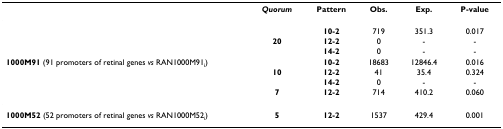
<table><thead><tr><td></td><td><b><i>Quorum</i></b></td><td><b>Pattern</b></td><td><b>Obs.</b></td><td><b>Exp. </b></td><td><b>P-value</b></td></tr></thead><tbody><tr><td></td><td></td><td><b>10-2</b></td><td>719</td><td>351.3</td><td>0.017</td></tr><tr><td></td><td><b>20</b></td><td><b>12-2</b></td><td>0</td><td>-</td><td>-</td></tr><tr><td></td><td></td><td><b>14-2</b></td><td>0</td><td>-</td><td>-</td></tr><tr><td><b>1000M91 </b>(91 promoters of retinal genes <i>vs </i>RAN1000M91<sub>i</sub>)</td><td></td><td><b>10-2</b></td><td>18683</td><td>12846.4</td><td>0.016</td></tr><tr><td></td><td><b>10</b></td><td><b>12-2</b></td><td>41</td><td>35.4</td><td>0.324</td></tr><tr><td></td><td></td><td><b>14-2</b></td><td>0</td><td>-</td><td>-</td></tr><tr><td></td><td><b>7</b></td><td><b>12-2</b></td><td>714</td><td>410.2</td><td>0.060</td></tr><tr><td><b>1000M52 </b>(52 promoters of retinal genes <i>vs </i>RAN1000M52<sub><i>i</i></sub>)</td><td><b>5</b></td><td><b>12-2</b></td><td>1537</td><td>429.4</td><td>0.001</td></tr></tbody></table>